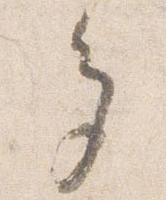
多